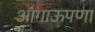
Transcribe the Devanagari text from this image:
आगाऊपणा